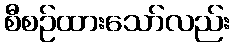
စီစဉ်ထားသော်လည်း